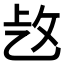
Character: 𢼁